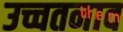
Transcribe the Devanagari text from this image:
उच्चतनाव